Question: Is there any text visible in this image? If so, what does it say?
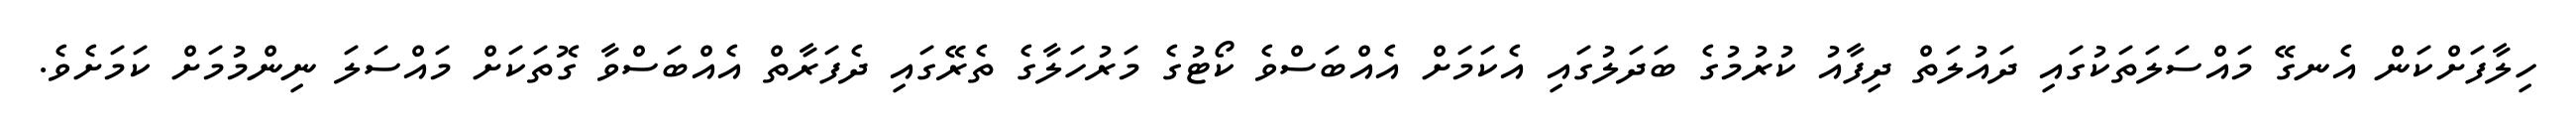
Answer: ހިލާފަށްކަން އެނގޭ މައްސަލަތަކުގައި ދައުލަތް ދިފާއު ކުރުމުގެ ބަދަލުގައި އެކަމަށް އެއްބަސްވެ ކޯޓުގެ މަރުހަލާގެ ތެރޭގައި ދެފަރާތް އެއްބަސްވާ ގޮތަކަށް މައްސަލަ ނިންމުމަށް ކަމަށެވެ.